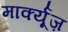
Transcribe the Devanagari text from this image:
मार्क्यूज़